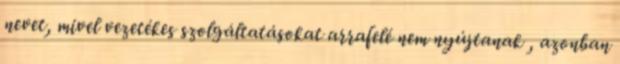
nevet, mivel vezetékes szolgáltatásokat arrafelé nem nyújtanak , azonban